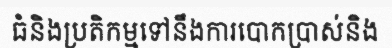
ធំនិងប្រតិកម្មទៅនឹងការបោកប្រាស់និង